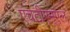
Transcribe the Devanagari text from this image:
एचटीएम्एल